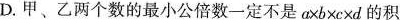
D.甲、乙两个数的最小公倍数一定不是$$a \times b \times c \times d$$的积